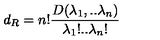
d _ { R } = n ! \frac { D ( \lambda _ { 1 } , . . \lambda _ { n } ) } { \lambda _ { 1 } ! . . \lambda _ { n } ! }